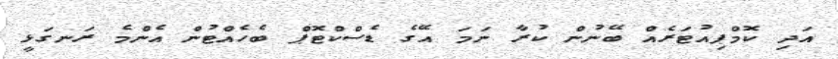
އަދި ކޮމްޕިއުޓަރެއް ބޭނުން ކުރާ ނަމަ އޭގެ ޑެސްކްޓޮޕް ބެހެއްޓުން އެންމެ ރަނގަޅީ